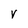
Character: V